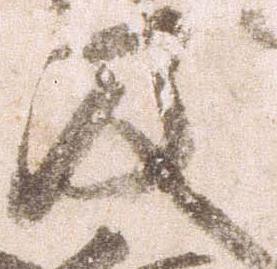
及